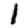
Digit: 1